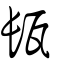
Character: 瓺